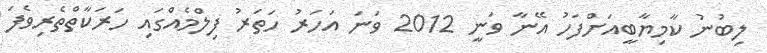
ލިބުނު ކާމިޔާބީއަށްފަހު އޭނާ ވަނީ 2012 ވަނަ އަހަރު ހަތަރު ފިލްމެއްގައި ހަރަކާތްތެރިވެފަ